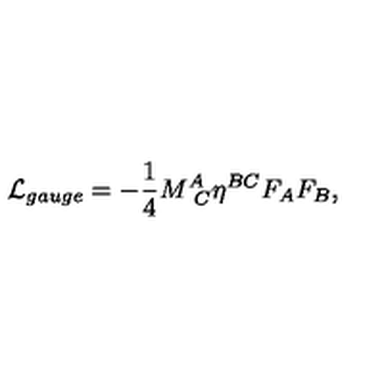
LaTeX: { \cal L } _ { g a u g e } = - { \frac { 1 } { 4 } } M _ { \ C } ^ { A } \eta ^ { B C } F _ { A } F _ { B } ,